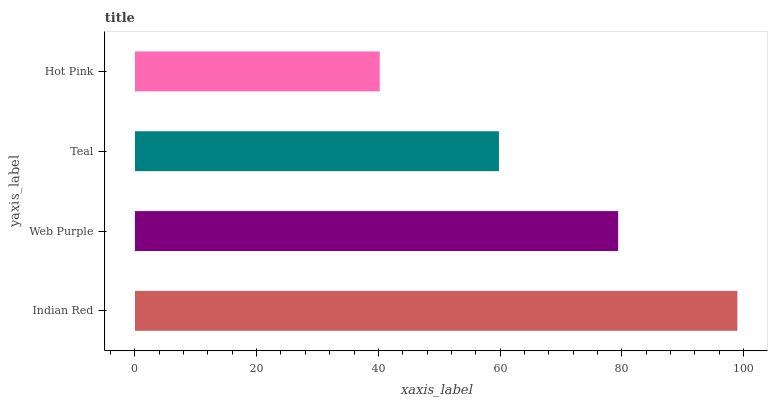
| yaxis_label | bars |
 | --- | --- |
 | Indian Red | 99 |
 | Web Purple | 79.4 |
 | Teal | 59.8 |
 | Hot Pink | 40.2 |